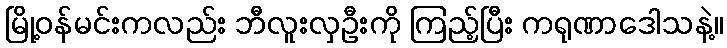
မြို့ဝန်မင်းကလည်း ဘီလူးလှဦးကို ကြည့်ပြီး ကရုဏာဒေါသနဲ့။